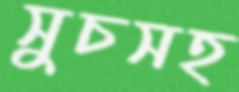
সুচসহ